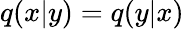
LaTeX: q(x|y)=q(y|x)